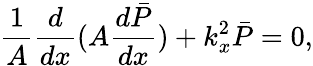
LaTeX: \frac{1}{A}\frac{d}{dx}(A\frac{d\bar{P}}{dx})+k_{x}^{2}\bar{P}=0,